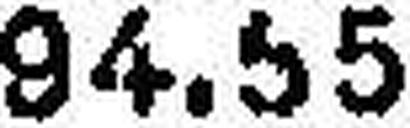
94.55